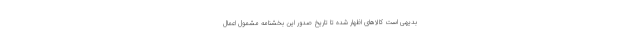
بدیهی است کالاهای اظهار شده تا تاریخ صدور این بخشنامه مشمول اعمال